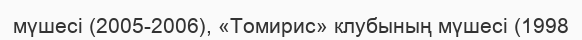
мүшесі (2005-2006), «Томирис» клубының мүшесі (1998